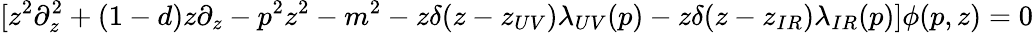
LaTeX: [z^{2}\partial_{z}^{2}+(1-d)z\partial_{z}-p^{2}z^{2}-m^{2}-z\delta(z-z_{UV})\lambda_{UV}(p)-z\delta(z-z_{IR})\lambda_{IR}(p)]\phi(p,z)=0